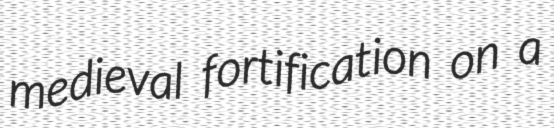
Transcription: medieval fortification on a